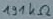
Text: 131Ω